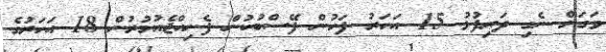
ވަގަށް ނެގި ދަރިފުޅު 15 އަހަރު ފަހުން ފޭސްބުކުން ފެނިއްޖެއުމުރުން 18 އަހަރުގެ